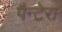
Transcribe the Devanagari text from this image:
पैन्टेरा